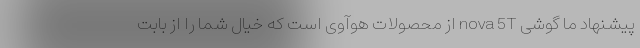
پیشنهاد ما گوشی nova 5T از محصولات هوآوی است که خیال شما را از بابت